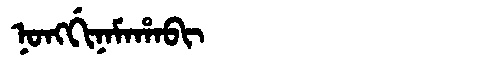
Manchu: ᠨᠣᠩᡤᡳᠨᠠᠮᠠᡥᠠᠪᡳ
Romanization: NONGGINAMAHABI